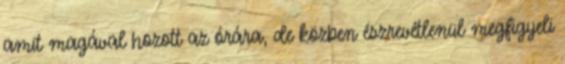
amit magával hozott az órára, de közben észrevétlenül megfigyeli